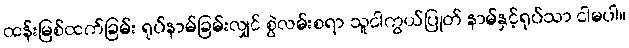
ထန်းမြစ်ထက်ခြမ်း ရုပ်နာမ်ခြမ်းလျှင် စွဲလမ်းစရာ သူငါကွယ်ပြုတ် နာမ်နှင့်ရုပ်သာ ငါမပါ။